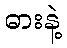
ဓားနဲ့